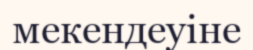
мекендеуіне